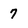
Character: 7